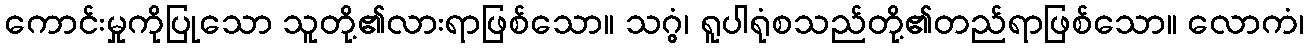
ကောင်းမှုကိုပြုသော သူတို့၏လားရာဖြစ်သော။ သဂ္ဂွံ၊ ရူပါရုံစသည်တို့၏တည်ရာဖြစ်သော။ လောကံ၊